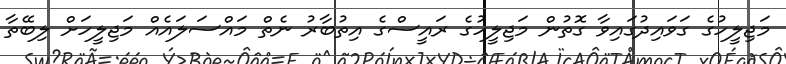
މަޖިލީހުގެ ގަވައިދުގައިވާ ގޮތުން މަޖިލީހުގެ ރައީސްގެ އިތުބާރު ނެތް މައްސަލައެއް މަޖިލީހަށް ލިބޭތާ